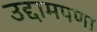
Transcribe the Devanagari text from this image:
उद्दामपणा